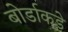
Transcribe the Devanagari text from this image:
बोर्डाकडे